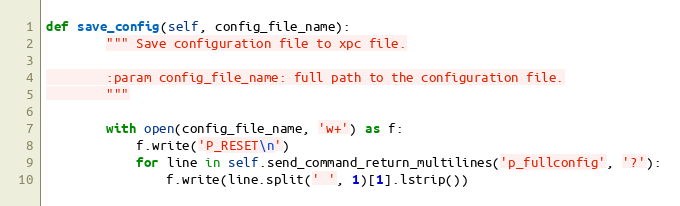
Language: Python
def save_config(self, config_file_name):
        """ Save configuration file to xpc file.

        :param config_file_name: full path to the configuration file.
        """

        with open(config_file_name, 'w+') as f:
            f.write('P_RESET\n')
            for line in self.send_command_return_multilines('p_fullconfig', '?'):
                f.write(line.split(' ', 1)[1].lstrip())